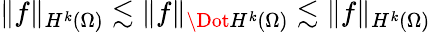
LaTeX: \lVert f\rVert_{H^{k}(\Omega)}\lesssim\lVert f\rVert_{\Dot{H}^{k}(\Omega)}\lesssim\lVert f\rVert_{H^{k}(\Omega)}